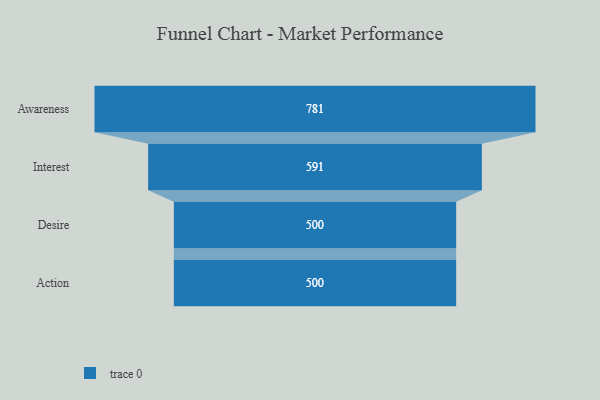
{"axis": {"x": "Stage", "y": "Value"}, "legend": [""], "data": [{"x": "Awareness", "y": 781.0, "type": ""}, {"x": "Interest", "y": 591.0, "type": ""}, {"x": "Desire", "y": 500, "type": ""}, {"x": "Action", "y": 500, "type": ""}]}